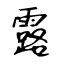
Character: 露